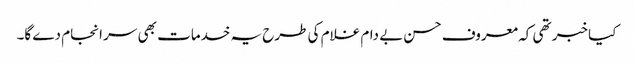
کیا خبر تھی کہ معروف حسن بے دام غلام کی طرح یہ خدمات بھی سر انجام دے گا۔